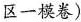
区一模卷)